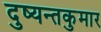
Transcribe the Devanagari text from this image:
दुष्यन्तकुमार